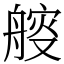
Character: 䑹